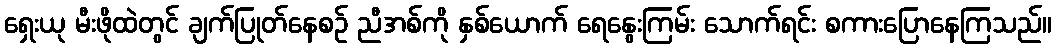
ရှေးယု မီးဖိုထဲတွင် ချက်ပြုတ်နေစဉ် ညီအစ်ကို နှစ်ယောက် ရေနွေးကြမ်း သောက်ရင်း စကားပြောနေကြသည်။